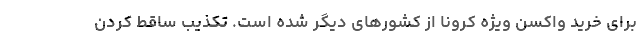
برای خرید واکسن ویژه کرونا از کشورهای دیگر شده است. تکذیب ساقط کردن